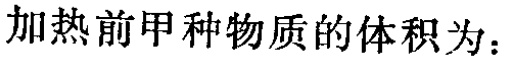
加热前甲种物质的体积为：